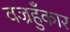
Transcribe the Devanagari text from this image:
वज्रहुँकार